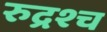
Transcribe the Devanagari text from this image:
रुद्रश्च